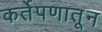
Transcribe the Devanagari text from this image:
कर्तेपणातून